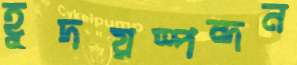
হূদয়স্পন্দন